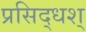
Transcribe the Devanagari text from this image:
प्रसिद्धश्